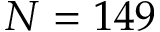
N = 1 4 9